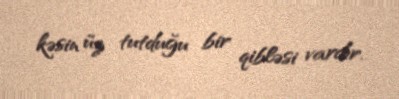
kəsin üz tutduğu bir qibləsi vardır.